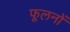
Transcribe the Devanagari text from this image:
फूलनों